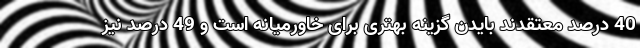
40 درصد معتقدند بایدن گزینه بهتری برای خاورمیانه است و 49 درصد نیز